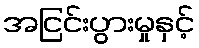
အငြင်းပွားမှုနှင့်